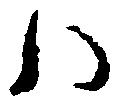
ハ